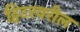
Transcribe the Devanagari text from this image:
ट्विटरवरील